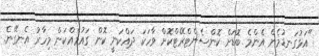
"އަޅުގަނޑުމެން އެންމެ ބޮޑަށް ކޮންސެންޓްރޭޓްކޮށް ވާހަކަ ދައްކަނީ ކޮން ގައުމެއްކަން މިހާރު އެނގޭނެ.